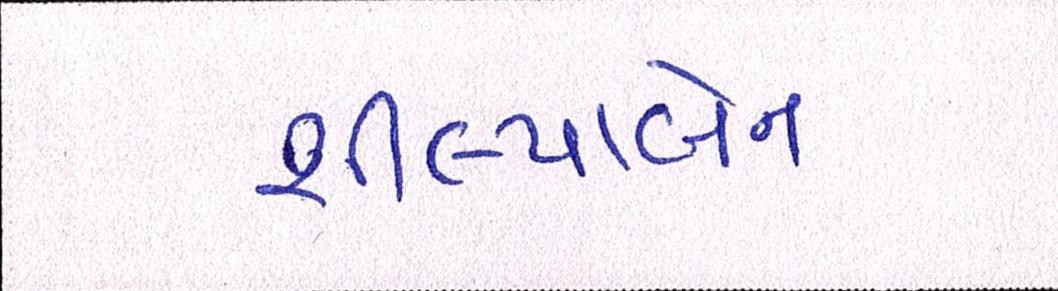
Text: શીલ્પાબેન